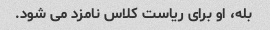
بله، او برای ریاست کلاس نامزد می شود.